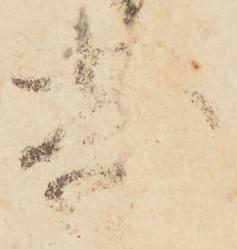
寄